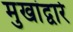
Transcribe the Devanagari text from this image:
मुखांद्वारे